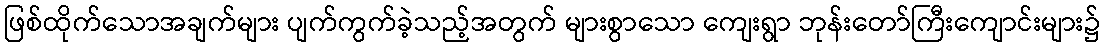
ဖြစ်ထိုက်သောအချက်များ ပျက်ကွက်ခဲ့သည့်အတွက် များစွာသော ကျေးရွာ ဘုန်းတော်ကြီးကျောင်းများ၌